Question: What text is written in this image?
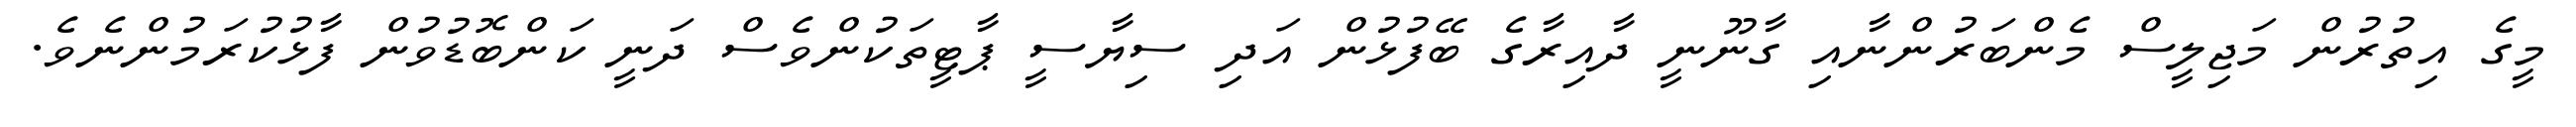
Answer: މީގެ އިތުރުން މަޖިލީސް މެންބަރުންނާއި ގާނޫނީ ދާއިރާގެ ބޭފުޅުން އަދި ސިޔާސީ ޕާޓީތަކުންވެސް ދަނީ ކަންބޮޑުވުން ފާޅުކުރަމުންނެވެ.